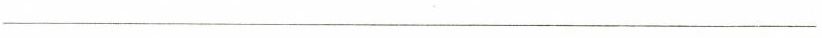
___